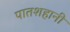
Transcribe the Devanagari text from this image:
पातशहानी